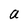
Character: a